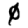
Digit: 0